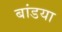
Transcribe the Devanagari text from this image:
बांडया